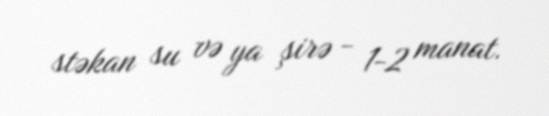
stəkan su və ya şirə - 1-2 manat.